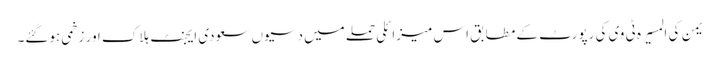
یمن کی المسیرہ ٹی وی کی رپورٹ کے مطابق اس میزائلی حملے میں دسیوں سعودی ایجنٹ ہلاک اور زخمی ہوگئے۔